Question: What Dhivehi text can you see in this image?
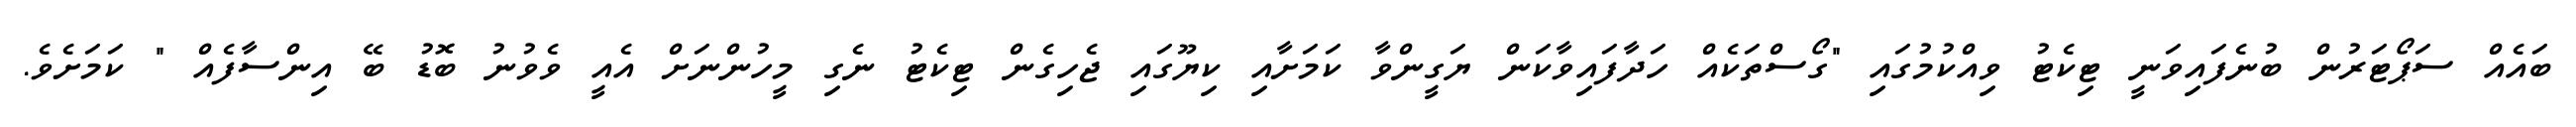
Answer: ބައެއް ސަޕޯޓަރުން ބުނެފައިވަނީ ޓިކެޓު ވިއްކުމުގައި "ގޯސްތަކެއް ހަދާފައިވާކަން ޔަގީންވާ ކަމަށާއި ކިޔޫގައި ޖެހިގެން ޓިކެޓު ނެގި މީހުންނަށް އެއީ ވެވުނު ބޮޑު ބޭ އިންސާފެއް " ކަމަށެވެ.